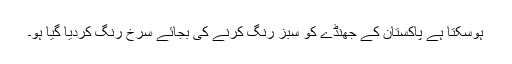
ہوسکتا ہے پاکستان کے جھنڈے کو سبز رنگ کرنے کی بجائے سرخ رنگ کردیا گیا ہو۔